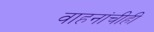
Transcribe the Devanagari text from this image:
वाहनांचीही